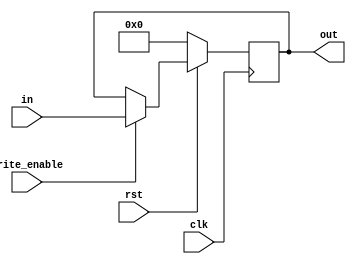
module PC(write_enable, clk, rst, in, out);

	input write_enable, clk, rst;
	input [31:0] in;
	output reg [31:0] out;

	always @(posedge clk) begin
		if (rst == 0) out = 0;
		else begin
			if(write_enable)
				out = in;
		end
	end

endmodule